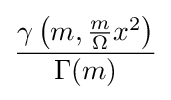
{\frac {\gamma \left(m,{\frac {m}{\Omega }}x^{2}\right)}{\Gamma (m)}}